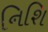
નિશિ